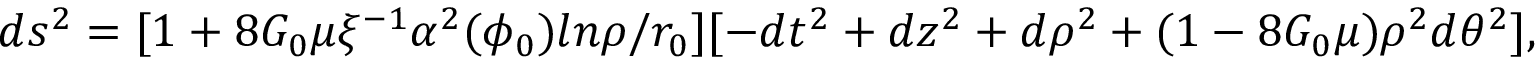
d s ^ { 2 } = [ 1 + 8 G _ { 0 } \mu \xi ^ { - 1 } \alpha ^ { 2 } ( \phi _ { 0 } ) l n \rho / r _ { 0 } ] [ - d t ^ { 2 } + d z ^ { 2 } + d \rho ^ { 2 } + ( 1 - 8 G _ { 0 } \mu ) \rho ^ { 2 } d \theta ^ { 2 } ] ,